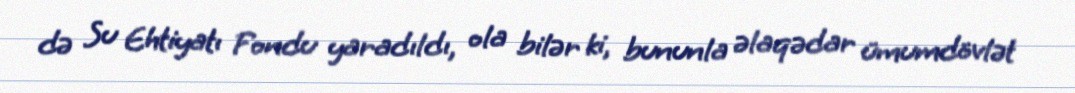
də Su Ehtiyatı Fondu yaradıldı, ola bilər ki, bununla əlaqədar ümumdövlət